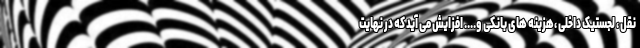
نقل ، لجستیک داخلی ،هزینه های بانکی و.... افزایش می آید که در نهایت